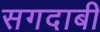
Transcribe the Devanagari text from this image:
सगदाबी